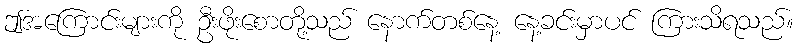
ဤအကြောင်းများကို ဦးဖိုးစောတို့သည် နောက်တစ်နေ့ နေ့ခင်းမှာပင် ကြားသိရသည်။